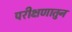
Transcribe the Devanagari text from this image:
परीक्षणातुन